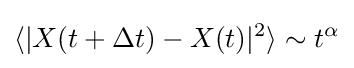
\langle |X(t+\Delta t)-X(t)|^{2}\rangle \sim t^{\alpha }